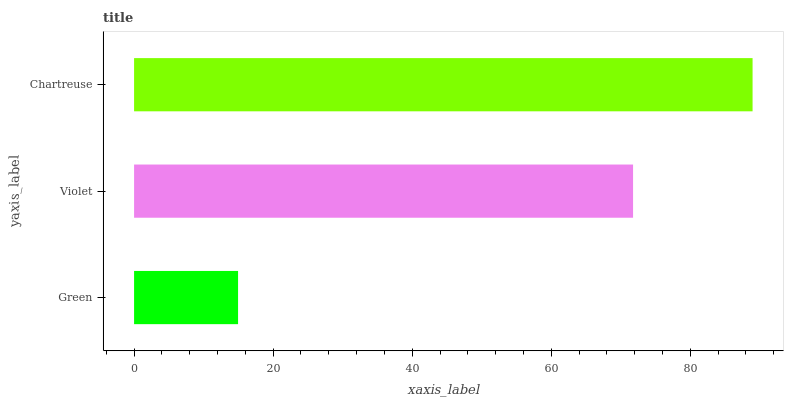
| yaxis_label | bars |
 | --- | --- |
 | Green | 15 |
 | Violet | 71.8 |
 | Chartreuse | 89 |